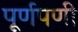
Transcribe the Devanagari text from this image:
पूर्णपणी